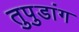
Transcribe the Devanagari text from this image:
तुपुडांग